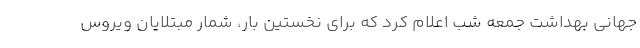
جهانی بهداشت جمعه شب اعلام کرد که برای نخستین بار، شمار مبتلایان ویروس